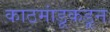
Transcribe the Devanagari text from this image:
काठमांडूकडून